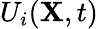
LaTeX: U_{i}(\mathbf{X},t)